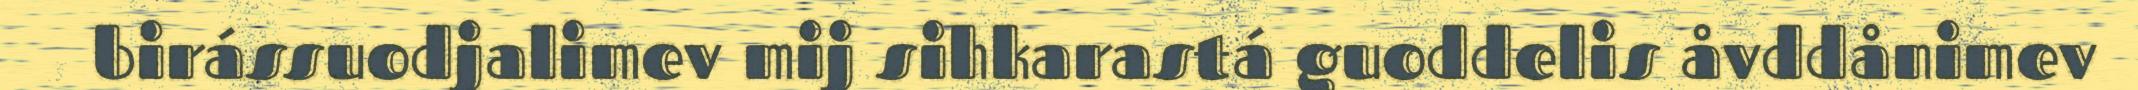
birássuodjalimev mij sihkarastá guoddelis åvddånimev